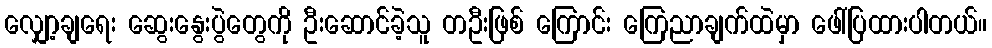
လျှော့ချရေး ဆွေးနွေးပွဲတွေကို ဦးဆောင်ခဲ့သူ တဦးဖြစ် ကြောင်း ကြေညာချက်ထဲမှာ ဖေါ်ပြထားပါတယ်။